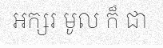
អក្សរ មូល ក៏ ជា